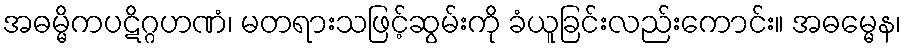
အဓမ္မိကပဋိဂ္ဂဟဏံ၊ မတရားသဖြင့်ဆွမ်းကို ခံယူခြင်းလည်းကောင်း။ အဓမ္မေန၊